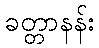
ခတ္တာနန်း